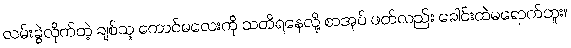
လမ်းခွဲလိုက်တဲ့ ချစ်သူ ကောင်မလေးကို သတိရနေလို့ စာအုပ် ဖတ်လည်း ခေါင်းထဲမရောက်ဘူး။